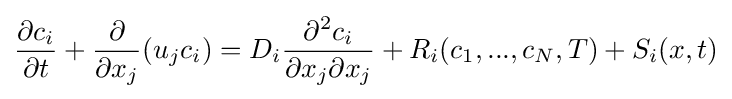
{\partial c_{i} \over \partial t}+{\partial  \over \partial x_{j}}(u_{j}c_{i})=D_{i}{\partial ^{2}c_{i} \over \partial x_{j}\partial x_{j}}+R_{i}(c_{1},...,c_{N},T)+S_{i}(x,t)